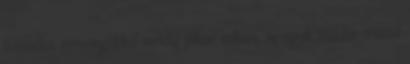
tusnados versenyzőkkel mindig jóban voltam, az egyik moldáv sráccal